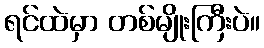
ရင်ထဲမှာ တစ်မျိုးကြီးပဲ။